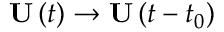
\mathbf { U } \left( t \right) \to \mathbf { U } \left( t - t _ { 0 } \right)